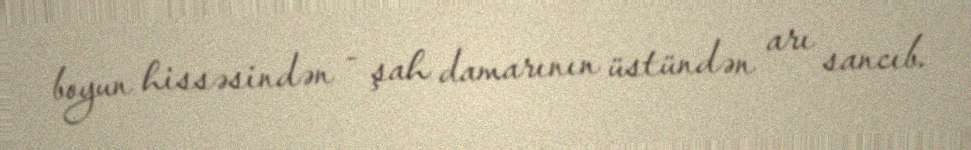
boyun hissəsindən - şah damarının üstündən arı sancıb.